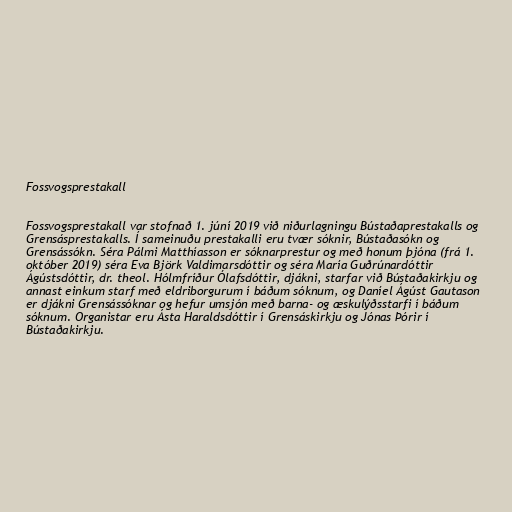
Fossvogsprestakall

Fossvogsprestakall var stofnað 1. júní 2019 við niðurlagningu Bústaðaprestakalls og
Grensásprestakalls. Í sameinuðu prestakalli eru tvær sóknir, Bústaðasókn og
Grensássókn. Séra Pálmi Matthíasson er sóknarprestur og með honum þjóna (frá 1.
október 2019) séra Eva Björk Valdimarsdóttir og séra María Guðrúnardóttir
Ágústsdóttir, dr. theol. Hólmfríður Ólafsdóttir, djákni, starfar við Bústaðakirkju og
annast einkum starf með eldriborgurum í báðum sóknum, og Daníel Ágúst Gautason
er djákni Grensássóknar og hefur umsjón með barna- og æskulýðsstarfi í báðum
sóknum. Organistar eru Ásta Haraldsdóttir í Grensáskirkju og Jónas Þórir í
Bústaðakirkju.